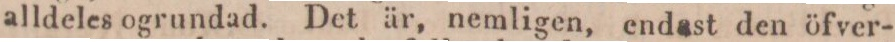
alldeles ogrundad. Det är, nemligen, endast den öfver-